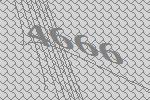
4666